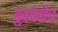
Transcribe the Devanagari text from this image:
बुवांनीच